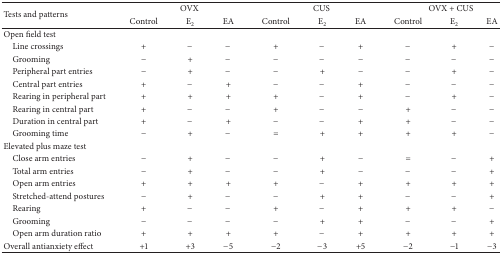
| <ROWSPAN=2> Tests and patterns | <COLSPAN=3> OVX | <COLSPAN=3> CUS | <COLSPAN=3> OVX + CUS |
 | Control | E2 | EA | Control | E2 | EA | Control | E2 | EA |
 | --- | --- | --- | --- | --- | --- | --- | --- | --- | --- |
 | Open field test |  |  |  |  |  |  |  |  |  |
 | Line crossings | + | − | − | + | − | + | − | + | − |
 | Grooming | − | + | − | − | − | − | − | − | − |
 | Peripheral part entries | − | + | − | − | + | − | − | + | − |
 | Central part entries | + | − | + | − | − | + | − | − | − |
 | Rearing in peripheral part | + | + | + | + | − | + | − | + | − |
 | Rearing in central part | + | − | − | + | − | − | + | − | − |
 | Duration in central part | + | − | + | − | − | + | + | − | − |
 | Grooming time | − | + | − | = | + | + | + | + | − |
 | Elevated plus maze test |  |  |  |  |  |  |  |  |  |
 | Close arm entries | − | + | − | − | + | − | = | − | + |
 | Total arm entries | − | + | − | − | + | − | − | − | + |
 | Open arm entries | + | + | + | + | − | + | + | + | + |
 | Stretched-attend postures | − | + | − | − | + | + | − | − | + |
 | Rearing | + | − | − | + | − | + | + | + | − |
 | Grooming | − | − | − | − | + | + | − | − | + |
 | Open arm duration ratio | + | + | + | + | − | + | + | + | + |
 | Overall antianxiety effect | +1 | +3 | −5 | −2 | −3 | +5 | −2 | −1 | −3 |